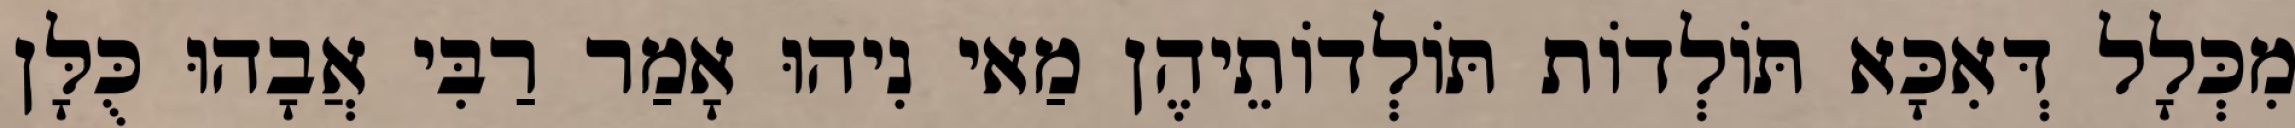
מִכְּלָל דְּאִכָּא תּוֹלְדוֹת תּוֹלְדוֹתֵיהֶן מַאי נִיהוּ אָמַר רַבִּי אֲבָהוּ כֻּלָּן